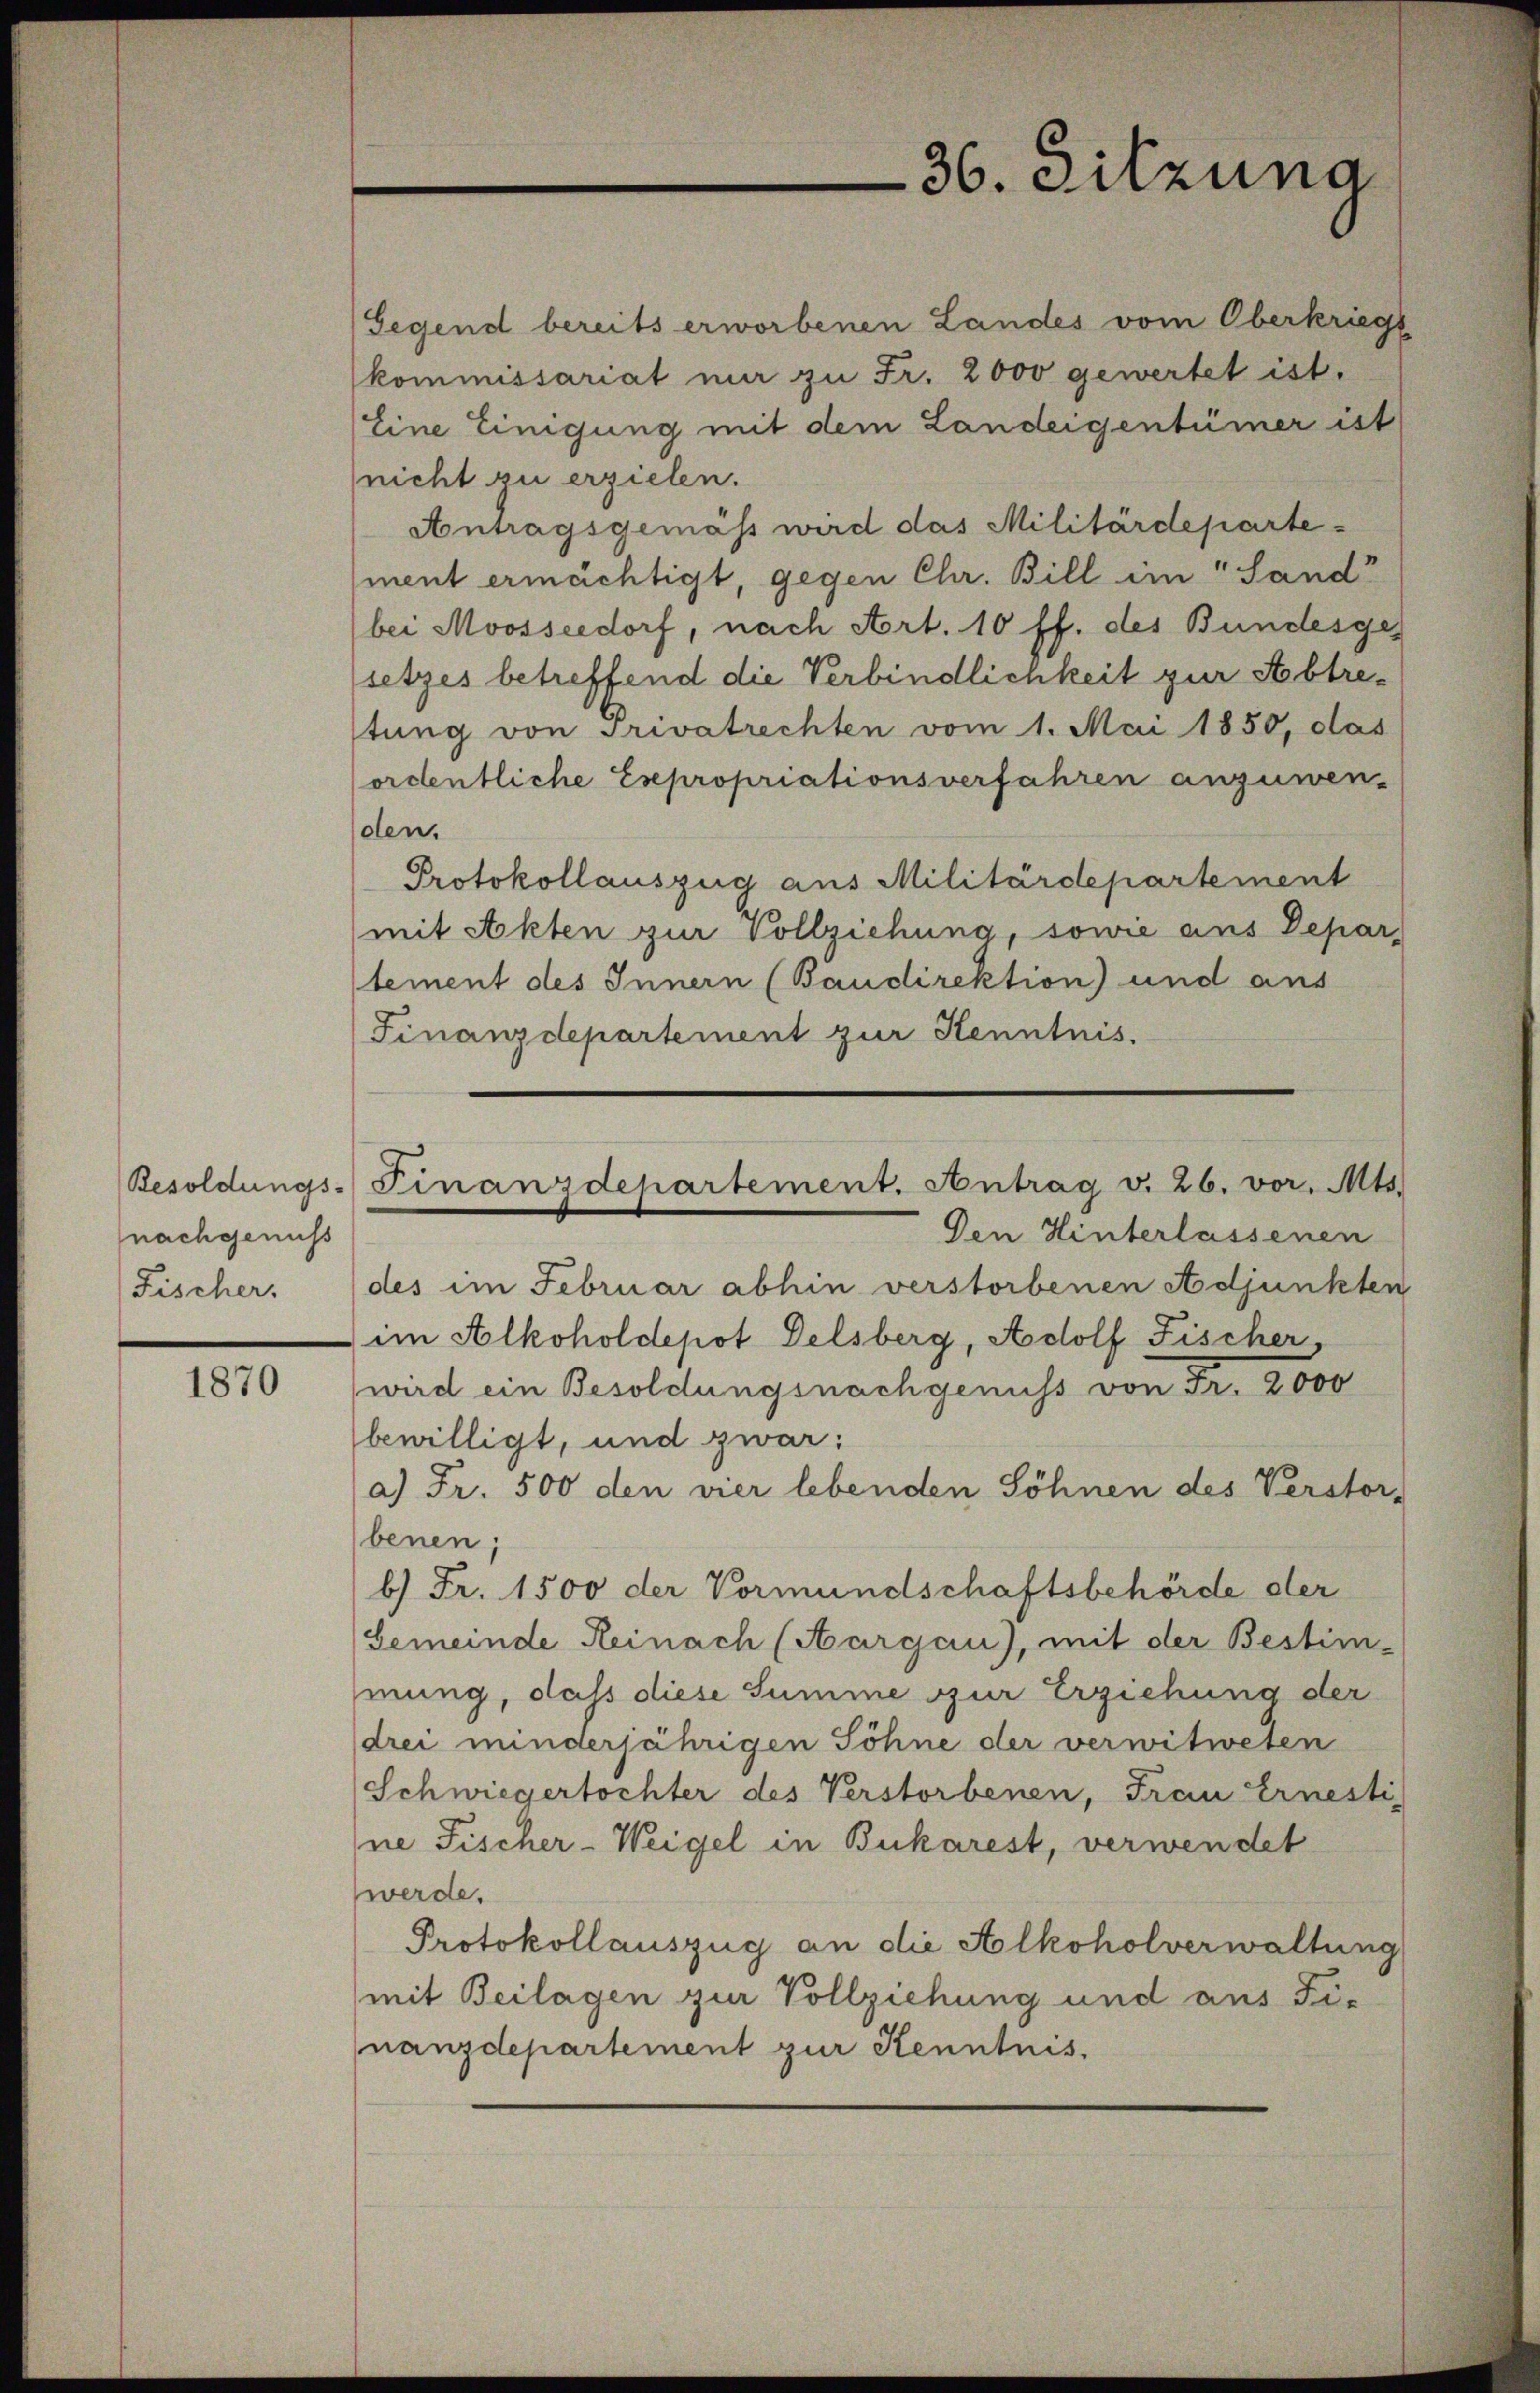
Besoldungs-
nachgenuss
Fischer,

1870

36. Sitzung

Gegend bereits erworbenen Landes vom Oberkriegt
kommissariat mir zu Fr. 2000 gewertet ist.
Eine Einigung mit dem Landeigentümer ist
nicht zu erzielen.

Finanzdepartement. Antrag v. 26. vor. Mts.
Den Hinterlassenen

Antragsgemäss wird das Militärdeparte
ment ermächtigt, gegen Chr. Bill im Sand
bei Moosseedorf, nach Art. 10 ff. des Bundesges
setzes betreffend die Verbindlichkeit zur Abtretung von Privatrechten vom 1. Mai 1850, das
ordentliche Expropriationsverfahren anzuwen-
olen.
Protokollauszug aus Militärdepartement
mit Akten zur Vollziehung, sowie aus Depar-
tement des Innern (Baudirektion) und aus
Finanzdepartement zur Kenntnis.
des im Februar abhin verstorbenen Adjunkten
im Alkoholdepot Delsberg, Adolf Fischer.
wird ein Besoldungsnachgenuss von Fr. 2000
bewilligt, und zwar:
a) Fr. 500 den vier lebenden Söhnen des Verstor-
benen;
b.) Fr. 1500 der Vormundschaftsbehörde der
Gemeinde Reinach (Aargau), mit der Bestim-
mung, daß diese Summe zur Erziehung der
drei minderjährigen Söhne der verwitweten
Schwiegertochter des Verstorbenen, Frau Ernesti
ne Fischer-Weigel in Bukarest, verwendet
werde.
Protokollauszug an die Alkoholverwaltung
mit Beilagen zur Vollziehung und aus Fi-
nanzdepartement zur Kenntnis.